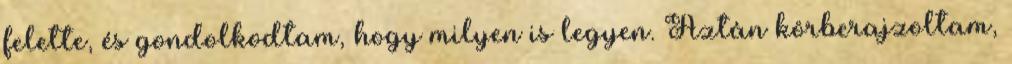
felette, és gondolkodtam, hogy milyen is legyen. Aztán körberajzoltam,